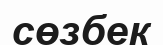
сөзбек